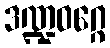
ဒဏ္ဍဝဂ္ဂေ